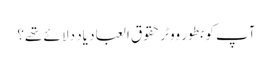
آپ کو بطور ووٹر حقوق العباد یاد دلا ئے تھے؟